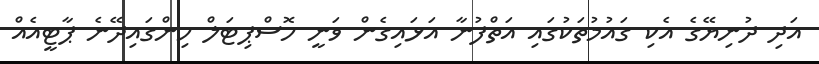
އަދި ދުނިޔޭގެ އެކި ގައުމުތަކުގައި އަތްފުނާ އަޅައިގެން ވަނީ ހޮސްޕިޓަލް ހިންގައިދޭނެ ޕާޓީއެއް